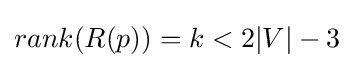
rank(R(p))=k<2|V|-3